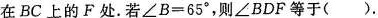
在 B C 上的 F 处。若$$∠ B = 6 5 °$$，则∠BDF等于().